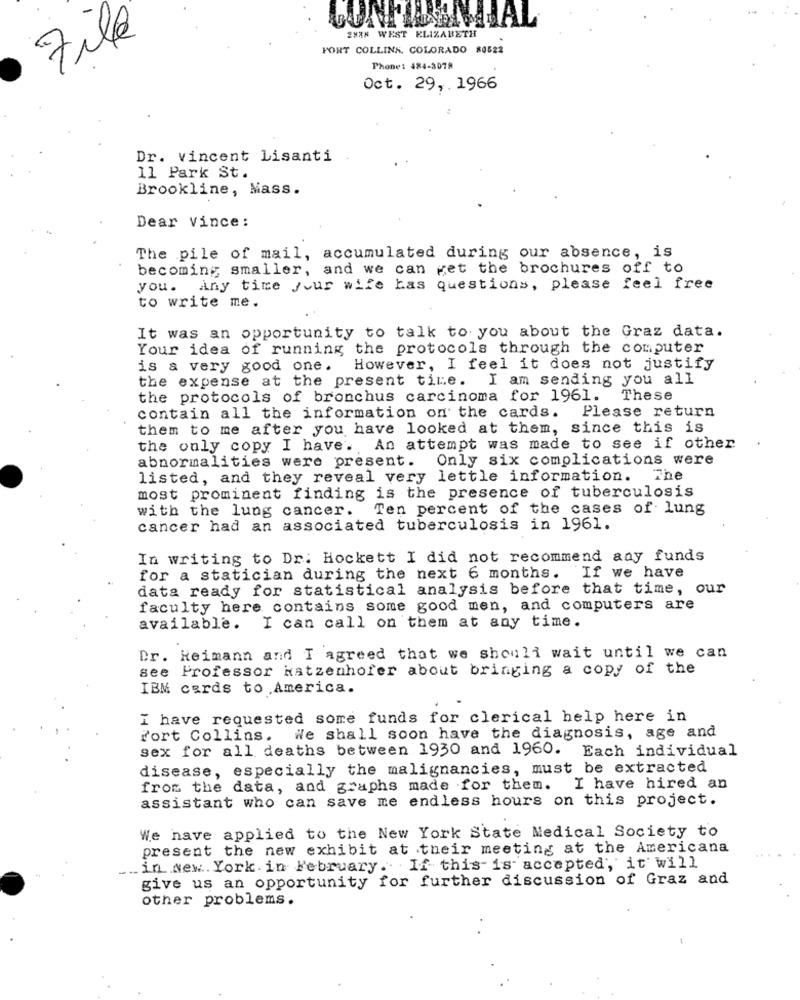
File
ENEK WEST ELIZABETH
FORT COLLINS, COLORADO 80522
Phone: 484-3078
Oct. 29 ,. 1966
Dr. vincent Lisanti
11 Park St.
Brookline, Mass.
Dear Vince:
The pile of mail, accumulated during our absence, is
becoming smaller, and we can get the brochures off to
you. Any time your wife has questions, please feel free
to write me.
It was an opportunity to talk to you about the Graz data.
Your idea of running the protocols through the computer
is a very good one. However, I feel it does not justify
the expense at the present time. I am sending you all
the protocols of bronchus carcinoma for 1961.
These
contain all the information on the cards.
Please return
them to me after you have looked at them, since this is
the only copy I have. An attempt was made to see if other
abnormalities were present. Only six complications were
listed, and they reveal very lettle information. The
most prominent finding is the presence of tuberculosis
with the lung cancer.
Ten percent of the cases of lung
cancer had an associated tuberculosis in 1961.
In writing to Dr. Hockett I did not recommend any funds
for a statician during the next 6 months.
If we have
data ready for statistical analysis before that time, our
faculty here contains some good men, and computers are
available. I can call on them at any time.
Dr. Heimann and I agreed that we should wait until we can
see Professor Hatzenhofer about bringing a copy of the
IBM cards to America.
I have requested some funds for clerical help here in
fort Collins. We shall soon have the diagnosis, age and
sex for all deaths between 1930 and 1960. Each individual
disease, especially the malignancies, must be extracted
from the data, and graphs made for them. I have hired an
assistant who can save me endless hours on this project.
We have applied to the New York State Medical Society to
present the new exhibit at their meeting at the Americana
in New York in February .If this is accepted, it will
give us an opportunity for further discussion of Graz and
other problems.